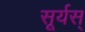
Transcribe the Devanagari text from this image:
सूर्यस्